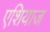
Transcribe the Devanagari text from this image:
एशियाज